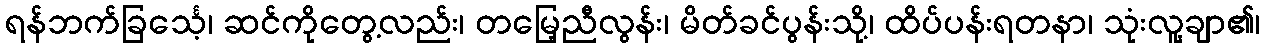
ရန်ဘက်ခြင်္သေ့၊ ဆင်ကိုတွေ့လည်း၊ တမြေ့ညီလွန်း၊ မိတ်ခင်ပွန်းသို့၊ ထိပ်ပန်းရတနာ၊ သုံးလူ့ချာ၏၊